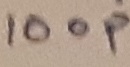
Text: 100p